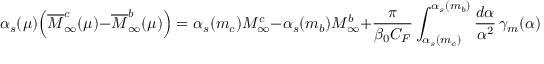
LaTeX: \alpha _ { s } ( \mu ) \Big ( \overline { { { M } } } _ { \infty } ^ { c } ( \mu ) - \overline { { { M } } } _ { \infty } ^ { b } ( \mu ) \Big ) = \alpha _ { s } ( m _ { c } ) M _ { \infty } ^ { c } - \alpha _ { s } ( m _ { b } ) M _ { \infty } ^ { b } + \frac { \pi } { \beta _ { 0 } C _ { F } } \int _ { \alpha _ { s } ( m _ { c } ) } ^ { \alpha _ { s } ( m _ { b } ) } \frac { d \alpha } { \alpha ^ { 2 } } \, \gamma _ { m } ( \alpha ) \, .